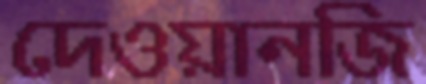
দেওয়ানজি